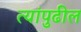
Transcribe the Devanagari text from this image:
त्यांपुढील